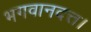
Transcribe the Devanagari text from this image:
भगवानदत्त।